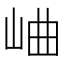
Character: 𪨰